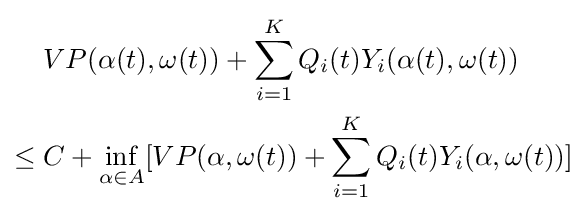
{\begin{aligned}&VP(\alpha (t),\omega (t))+\sum _{i=1}^{K}Q_{i}(t)Y_{i}(\alpha (t),\omega (t))\\\leq {}&C+\inf _{\alpha \in A}[VP(\alpha ,\omega (t))+\sum _{i=1}^{K}Q_{i}(t)Y_{i}(\alpha ,\omega (t))]\end{aligned}}